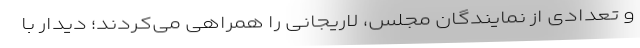
و تعدادی از نمایندگان مجلس، لاریجانی را همراهی می‌کردند؛ دیدار با